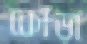
কোঁড়া